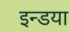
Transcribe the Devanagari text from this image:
इन्डया